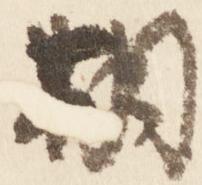
期